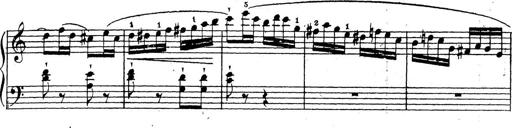
Title: 10 Sonatinas
Composer: Fritz Spindler